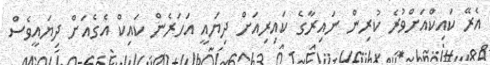
އެރޭ ކައިކްއަށްވުރެ ކުރިން ނައިރާގެ ކައިރިއަށް ދިޔައީ އަހަރެން ކައިކް އެގެއަށް ދިޔައީވެސް